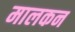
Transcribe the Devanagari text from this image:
मालकन